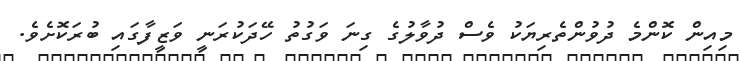
މިއިން ކޮންމެ ދުވުންތެރިޔަކު ވެސް ދުވާލުގެ ގިނަ ވަގުތު ހޭދަކުރަނީ ވަޒީފާގައި ބުރަކޮށެވެ.